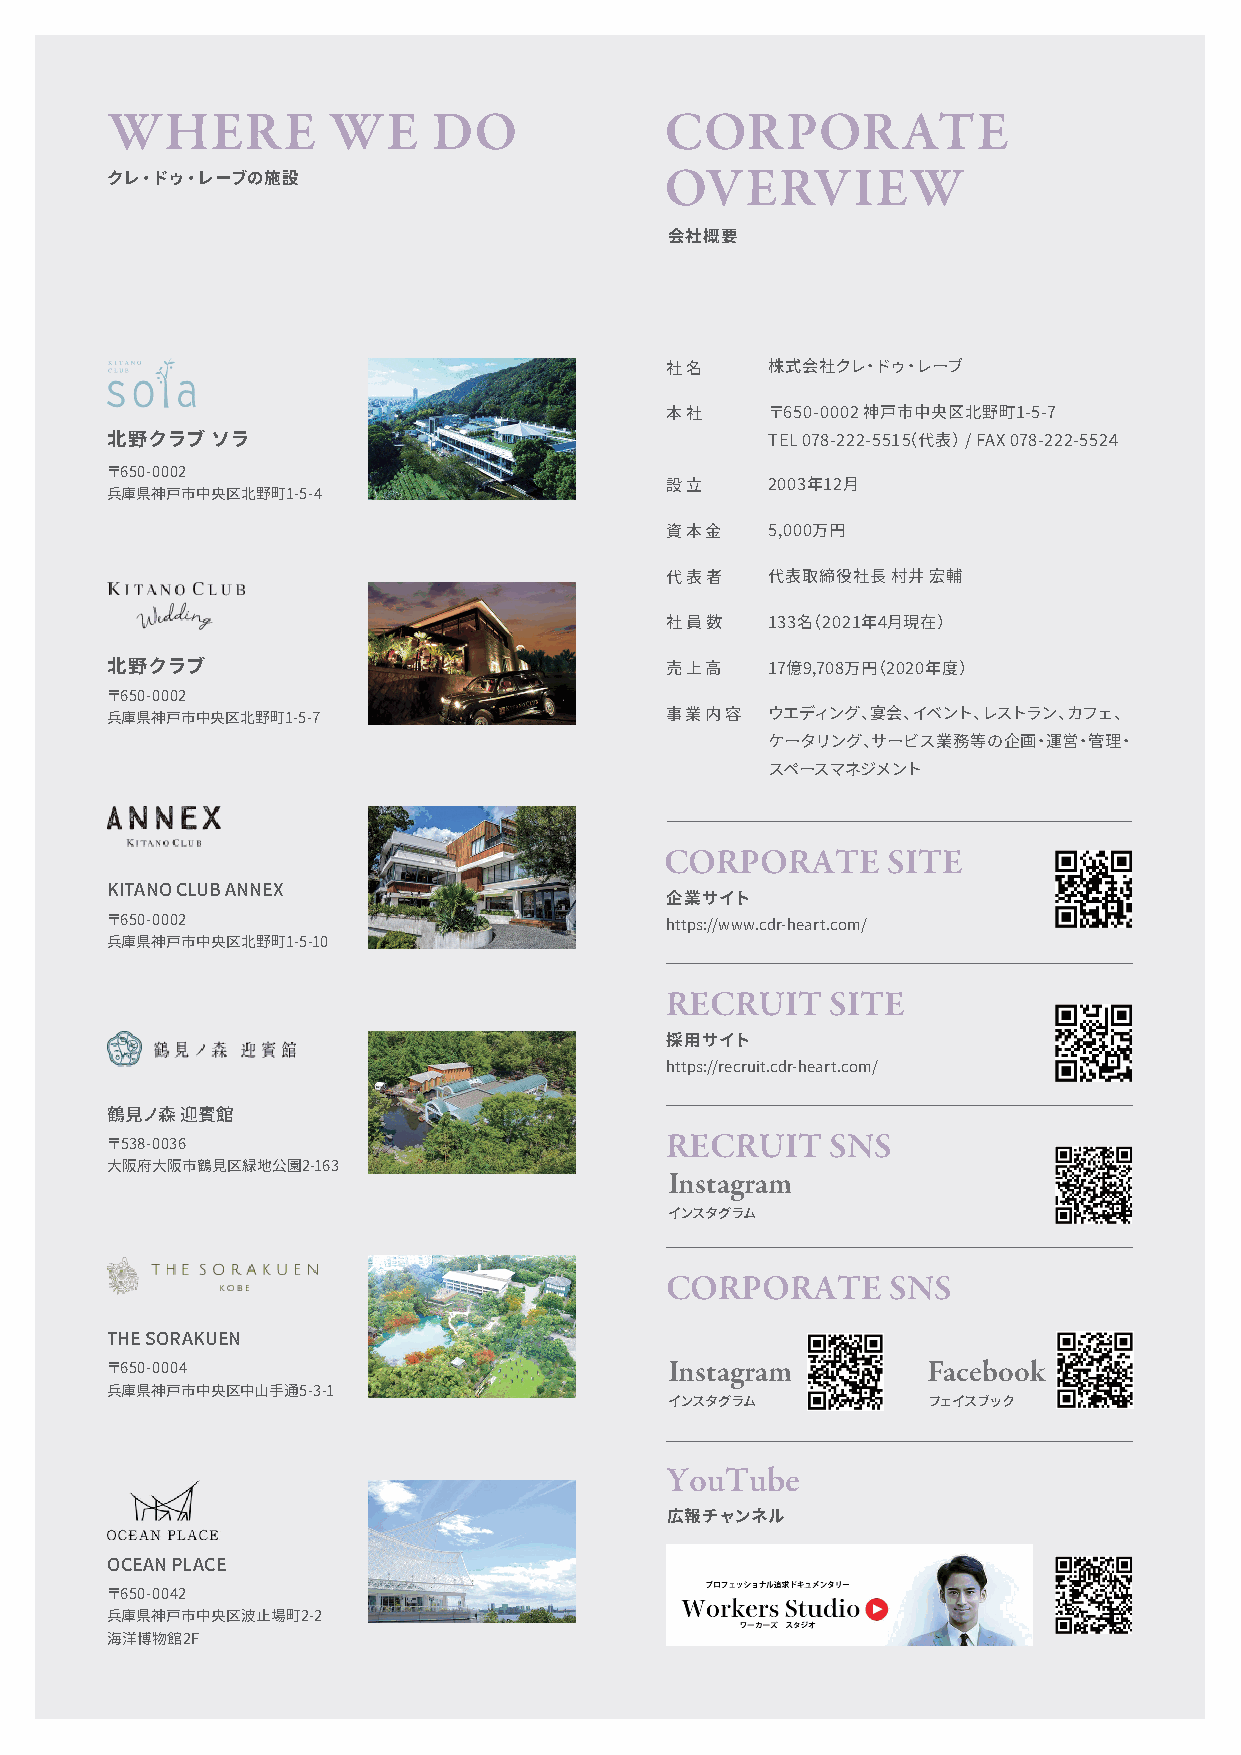
WHERE          WE     DO             CORPORATE
 OVERVIEW
 クレ・ドゥ・レーブの施設
 会社概要
 社名     株式会社クレ・ドゥ・レーブ
 本社     〒650-0002 神戸市中央区北野町1-5-7
 北野クラブ  ソラ                                   TEL 078-222-5515（代表） / FAX 078-222-5524
 〒650-0002
 設立     2003年12月
 兵庫県神戸市中央区北野町1-5-4
 資本金    5,000万円
 代表者    代表取締役社長 村井 宏輔
 社員数    133名（2021年4月現在）
 北野クラブ                                売上高    17億9,708万円（2020年度）
 〒650-0002
 兵庫県神戸市中央区北野町1-5-7                    事業内容   ウエディング、宴会、イベント、レストラン、カフェ、
 ケータリング、サービス業務等の企画・運営・管理・
 スペースマネジメント
 CORPORATE      SITE
 KITANO CLUB ANNEX
 企業サイト
 〒650-0002                            https://www.cdr-heart.com/
 兵庫県神戸市中央区北野町1-5-10
 RECRUIT    SITE
 採用サイト
 https://recruit.cdr-heart.com/
 鶴見ノ森 迎賓館
 RECRUIT    SNS
 〒538-0036
 大阪府大阪市鶴見区緑地公園2-163                   Instagram
 インスタグラム
 CORPORATE      SNS
 THE SORAKUEN
 Instagram        Facebook
 〒650-0004
 兵庫県神戸市中央区中山手通5-3-1
 インスタグラム          フェイスブック
 YouTube
 広報チャンネル
 OCEAN PLACE
 〒650-0042
 兵庫県神戸市中央区波止場町2-2
 海洋博物館2F